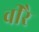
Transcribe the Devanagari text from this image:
वीरै